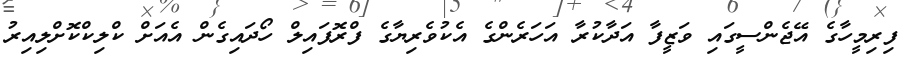
ފިރިމީހާގެ އޭޖެންސީގައި ވަޒީފާ އަދާކުރާ އަހަރެންގެ އެކުވެރިޔާގެ ފްރޮފައިލް ހޯދައިގެން އެއަށް ކްލިކްކޮށްލިއިރު